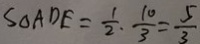
S _ { \Delta } A D E = \frac { 1 } { 2 } \cdot \frac { 1 0 } { 3 } = \frac { 5 } { 3 }